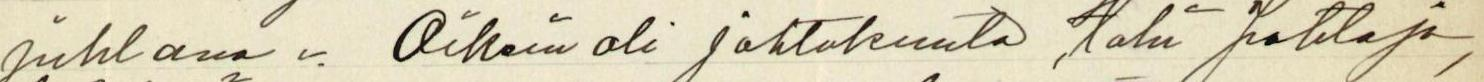
juhlana v. Oikein oli johtokunta, tahi johtaja,